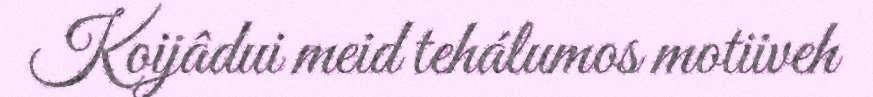
Koijâdui meid tehálumos motiiveh